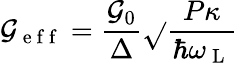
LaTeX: \mathcal{G}_{\mathrm{{~e~f~f~}}}=\frac{{\mathcal{G}_{0}}}{{\Delta}}\sqrt{}{{\frac{{P\kappa}}{{\hbar\omega_{\mathrm{{~L~}}}}}}}